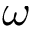
\omega